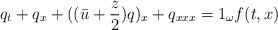
LaTeX: \begin{align*}q_{t} +q_x +( ( \bar{u} +\frac{z}{2}) q) _{x}+q_{xxx}=1_{\omega } f ( t,x) \end{align*}